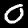
Label: 0